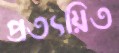
প্রত্যয়িত